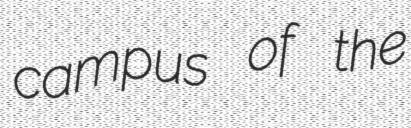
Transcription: campus of the